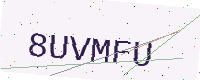
Text: 8UVMFU